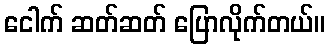
ငေါက် ဆတ်ဆတ် ပြောလိုက်တယ်။